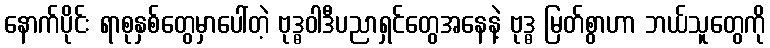
နောက်ပိုင်း ရာစုနှစ်တွေမှာပေါ်တဲ့ ဗုဒ္ဓဝါဒီပညာရှင်တွေအနေနဲ့ ဗုဒ္ဓ မြတ်စွာဟာ ဘယ်သူတွေကို